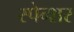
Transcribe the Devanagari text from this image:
स्पेन्शर